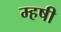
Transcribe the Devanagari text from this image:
म्हषी